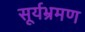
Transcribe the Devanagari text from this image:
सूर्यभ्रमण